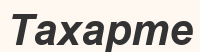
Тахарте